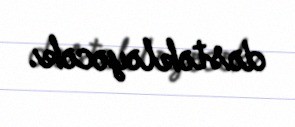
dəstəkləyəcək.